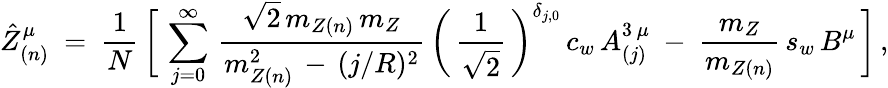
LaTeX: \hat{Z}_{(n)}^{\mu}\ =\ \frac{1}{N}\, \bigg[\, \sum_{j=0}^{\infty}\, \frac{\sqrt{2}\, m_{Z(n)}\, m_{Z}}{m_{Z(n)}^{2}\, -\, (j/R)^{2}}\, \bigg(\, \frac{1}{\sqrt{2}}\, \bigg)^{\delta_{j,0}}\, c_{w}\, A_{(j)}^{3\, \mu}\ -\ \frac{m_{Z}}{m_{Z(n)}}\, s_{w}\, B^{\mu}\, \bigg]\, ,